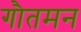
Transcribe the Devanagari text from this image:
गौतमन